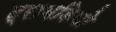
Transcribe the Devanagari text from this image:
ट्रामडिपो